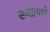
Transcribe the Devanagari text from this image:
समग्रपणे